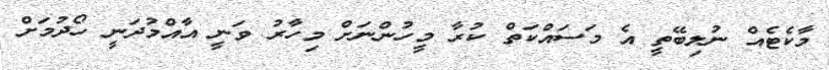
މާކެޓެއް ނުލިބޭތީ އެ މަސައްކަތް ކުރާ މީހުންނަށް މިހާރު ވަނީ އާއްމުދަނީ ހޯދުމަށް